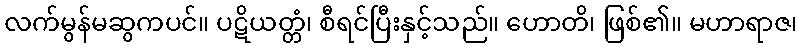
လက်မွန်မဆွကပင်။ ပဋိယတ္တံ၊ စီရင်ပြီးနှင့်သည်။ ဟောတိ၊ ဖြစ်၏။ မဟာရာဇ၊